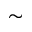
\sim